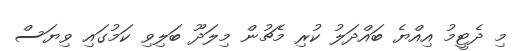
މި ދެޓީމު އިއްޔެ ބައްދަލު ކުރި މެޗުން މިލަދޫ ބަލިވި ކަމުގައި ވިޔަސް